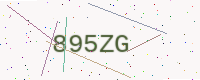
Text: 895ZG